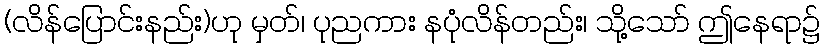
(လိန်ပြောင်းနည်း)ဟု မှတ်၊ ပုညကား နပုံလိန်တည်း၊ သို့သော် ဤနေရာ၌